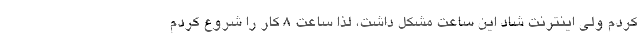
کردم ولی اینترنت شاد این ساعت مشکل داشت، لذا ساعت ۸ کار را شروع کردم